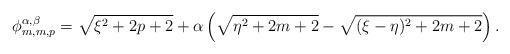
LaTeX: \begin{align*}\phi^{\alpha,\beta}_{m,m,p}=\sqrt{\xi^2+2p+2}+\alpha\left(\sqrt{\eta^2+2m+2}-\sqrt{(\xi-\eta)^2+2m+2}\right).\end{align*}